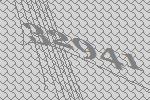
32941